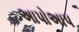
અાપોઅાપ